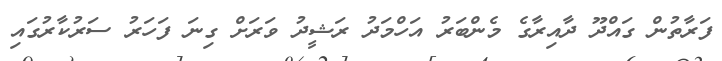
ފަރާތުން ގައްދޫ ދާއިރާގެ މެންބަރު އަހްމަދު ރަޝީދު ވަރަށް ގިނަ ފަހަރު ސަރުކާރުގައި